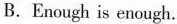
B.Enough is enough.